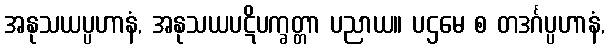
အနုသယပ္ပဟာနံ, အနုသယပဋိပက္ခတ္တာ ပညာယ။ ပဌမေ စ တဒင်္ဂပ္ပဟာနံ,